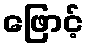
ဖြောင့်